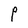
Character: P